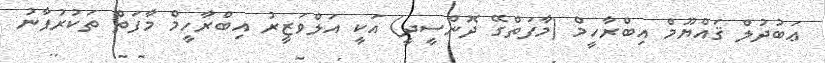
ޢަބުދުލް ޤައްޔޫމް އިބްރާހީމް (މާފަތްގޭ ދޮންސީދީ) އަކީ އަލްވަޒީރު އިބްރާހީމް މާފަތް ތަކުރުފާނު